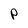
Character: P